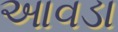
આવડા